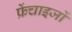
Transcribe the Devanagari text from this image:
फ्रेंचाइजों